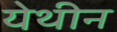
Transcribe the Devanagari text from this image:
येथीन